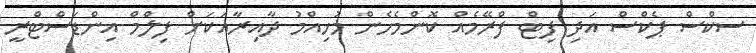
ސކްސް ޕެކްސް އަދި ފިޓް ފްރޭމެއް ކޮންމެހެން މުހިއްމު ދާއިރާއަކަށް ފިލްމް އިންޑަސްޓްރީ